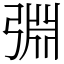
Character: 𢏮